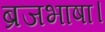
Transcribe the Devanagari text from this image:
ब्रजभाषा।